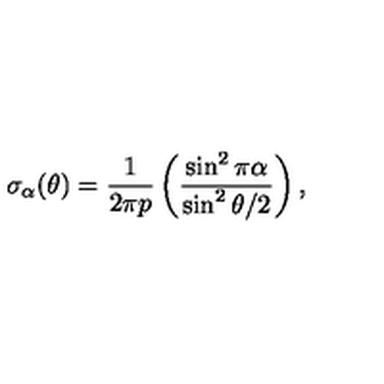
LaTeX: \sigma _ { \alpha } ( \theta ) = { \frac { 1 } { 2 \pi p } } \left( { \frac { \sin ^ { 2 } { \pi \alpha } } { \sin ^ { 2 } { \theta / 2 } } } \right) ,